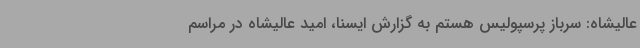
عالیشاه: سرباز پرسپولیس هستم به گزارش ایسنا، امید عالیشاه در مراسم